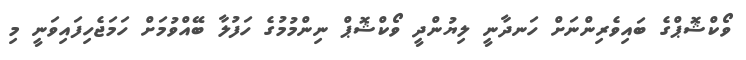
ވޯކްޝޮޕްގެ ބައިވެރިންނަށް ހަނދާނީ ލިޔުންދީ ވޯކްޝޮޕް ނިންމުމުގެ ހަފުލާ ބޭއްވުމަށް ހަމަޖެހިފައިވަނީ މި